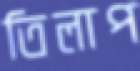
তিলাপ